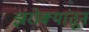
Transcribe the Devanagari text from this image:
झरोक्यांतून